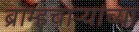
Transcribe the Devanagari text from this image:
ब्राम्हचाऱ्यांच्या